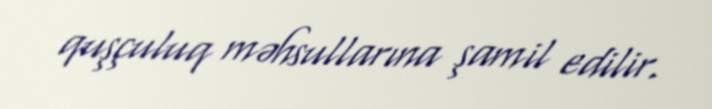
quşçuluq məhsullarına şamil edilir.